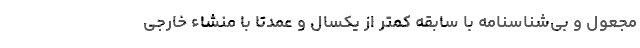
مجعول و بی‌شناسنامه با سابقه کمتر از یکسال و عمدتا با منشاء خارجی